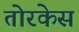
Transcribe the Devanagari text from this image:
तोरकेस